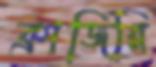
ক্রাজিরি